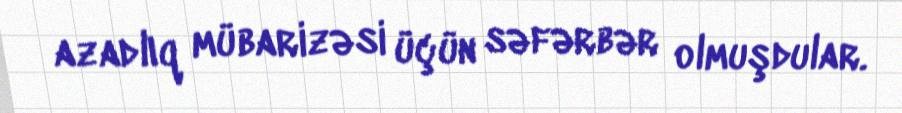
azadlıq mübarizəsi üçün səfərbər olmuşdular.